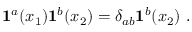
{ \bf 1 } ^ { a } ( x _ { 1 } ) { \bf 1 } ^ { b } ( x _ { 2 } ) = \delta _ { a b } { \bf 1 } ^ { b } ( x _ { 2 } ) \, \, .